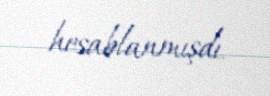
hesablanmışdı.